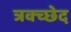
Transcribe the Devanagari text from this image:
त्रक्च्छेद